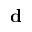
\mathbf { d }